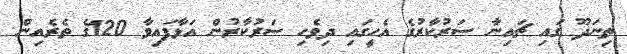
ތިނަދޫ ގައި ޗައިނާ ސަރުކާރުގެ އެހީގައި ދިވެހި ސަރުކާރުން އަޅާފައިވާ 120ގެ ތެރެއިން